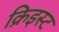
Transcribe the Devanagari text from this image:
क्रिइस्ट